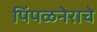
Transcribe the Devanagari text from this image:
पिंपळनेराचे